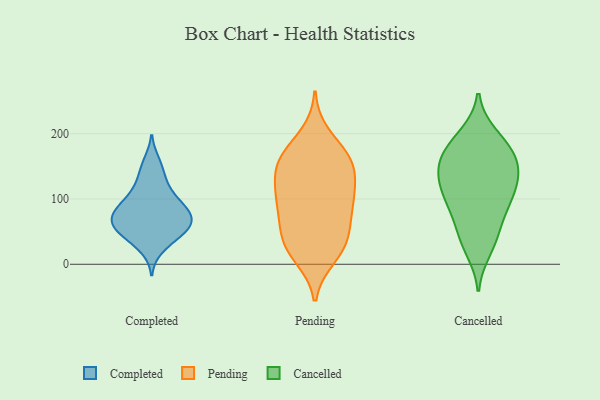
{"axis": {"x": "Humidity (%)", "y": "Value"}, "legend": ["Cancelled", "Completed", "Pending"], "data": [{"x": "", "y": 44, "type": "Completed"}, {"x": "", "y": 142, "type": "Completed"}, {"x": "", "y": 123, "type": "Completed"}, {"x": "", "y": 23, "type": "Completed"}, {"x": "", "y": 158, "type": "Completed"}, {"x": "", "y": 98, "type": "Completed"}, {"x": "", "y": 60, "type": "Completed"}, {"x": "", "y": 87, "type": "Completed"}, {"x": "", "y": 80, "type": "Completed"}, {"x": "", "y": 114, "type": "Completed"}, {"x": "", "y": 53, "type": "Completed"}, {"x": "", "y": 40, "type": "Completed"}, {"x": "", "y": 67, "type": "Completed"}, {"x": "", "y": 68, "type": "Completed"}, {"x": "", "y": 91, "type": "Completed"}, {"x": "", "y": 83, "type": "Completed"}, {"x": "", "y": 66, "type": "Completed"}, {"x": "", "y": 53, "type": "Completed"}, {"x": "", "y": 52, "type": "Pending"}, {"x": "", "y": 24, "type": "Pending"}, {"x": "", "y": 167, "type": "Pending"}, {"x": "", "y": 198, "type": "Pending"}, {"x": "", "y": 89, "type": "Pending"}, {"x": "", "y": 108, "type": "Pending"}, {"x": "", "y": 140, "type": "Pending"}, {"x": "", "y": 154, "type": "Pending"}, {"x": "", "y": 18, "type": "Pending"}, {"x": "", "y": 158, "type": "Pending"}, {"x": "", "y": 118, "type": "Pending"}, {"x": "", "y": 40, "type": "Pending"}, {"x": "", "y": 97, "type": "Pending"}, {"x": "", "y": 11, "type": "Pending"}, {"x": "", "y": 87, "type": "Pending"}, {"x": "", "y": 68, "type": "Pending"}, {"x": "", "y": 161, "type": "Pending"}, {"x": "", "y": 39, "type": "Pending"}, {"x": "", "y": 117, "type": "Pending"}, {"x": "", "y": 163, "type": "Pending"}, {"x": "", "y": 121, "type": "Cancelled"}, {"x": "", "y": 81, "type": "Cancelled"}, {"x": "", "y": 199, "type": "Cancelled"}, {"x": "", "y": 196, "type": "Cancelled"}, {"x": "", "y": 21, "type": "Cancelled"}, {"x": "", "y": 123, "type": "Cancelled"}, {"x": "", "y": 93, "type": "Cancelled"}, {"x": "", "y": 37, "type": "Cancelled"}, {"x": "", "y": 160, "type": "Cancelled"}, {"x": "", "y": 163, "type": "Cancelled"}, {"x": "", "y": 64, "type": "Cancelled"}, {"x": "", "y": 130, "type": "Cancelled"}, {"x": "", "y": 92, "type": "Cancelled"}, {"x": "", "y": 108, "type": "Cancelled"}, {"x": "", "y": 127, "type": "Cancelled"}, {"x": "", "y": 39, "type": "Cancelled"}, {"x": "", "y": 162, "type": "Cancelled"}, {"x": "", "y": 163, "type": "Cancelled"}, {"x": "", "y": 150, "type": "Cancelled"}, {"x": "", "y": 181, "type": "Cancelled"}]}